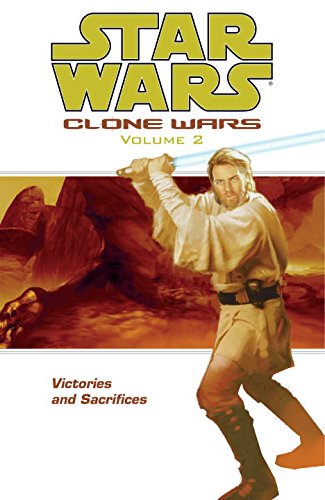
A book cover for Victories and Sacrifices (Star Wars: Clone Wars, Vol. 2); Haden Blackman; Comics & Graphic Novels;